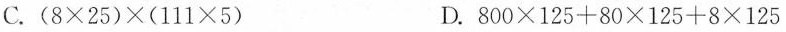
C. $$( 8 \times 2 5 ) \times ( 1 1 1 \times 5 )$$ D. $$8 0 0 \times 1 2 5 + 8 0 \times 1 2 5 + 8 \times 1 2 5$$